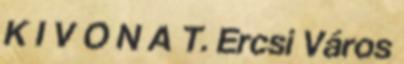
K I V O N A T. Ercsi Város